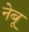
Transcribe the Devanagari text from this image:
नेबू